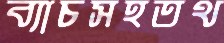
ব্যাচসহতথ